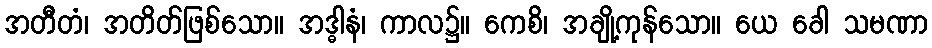
အတီတံ၊ အတိတ်ဖြစ်သော။ အဒ္ဓါနံ၊ ကာလ၌။ ကေစိ၊ အချို့ကုန်သော။ ယေ ခေါ သမဏာ